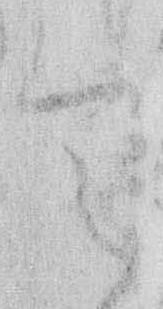
令